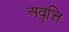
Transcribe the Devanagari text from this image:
अवृत्ति